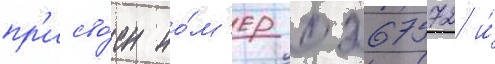
пр'исво́ен но́м'ер 0267572 и́